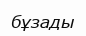
бұзады